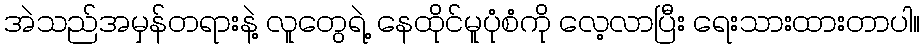
အဲသည်အမှန်တရားနဲ့ လူတွေရဲ့ နေထိုင်မူပုံစံကို လေ့လာပြီး ရေးသားထားတာပါ။